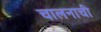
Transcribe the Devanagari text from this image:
चालनाची